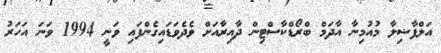
އަލްފާޟިލާ މުއުމިނާ އާދަމް ބްރޯޑްކާސްޓިން ދާއިރާއަށް ވެދެވަޑައިގެންފައި ވަނީ 1994 ވަނަ އަހަރު